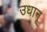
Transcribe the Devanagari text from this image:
उधानू